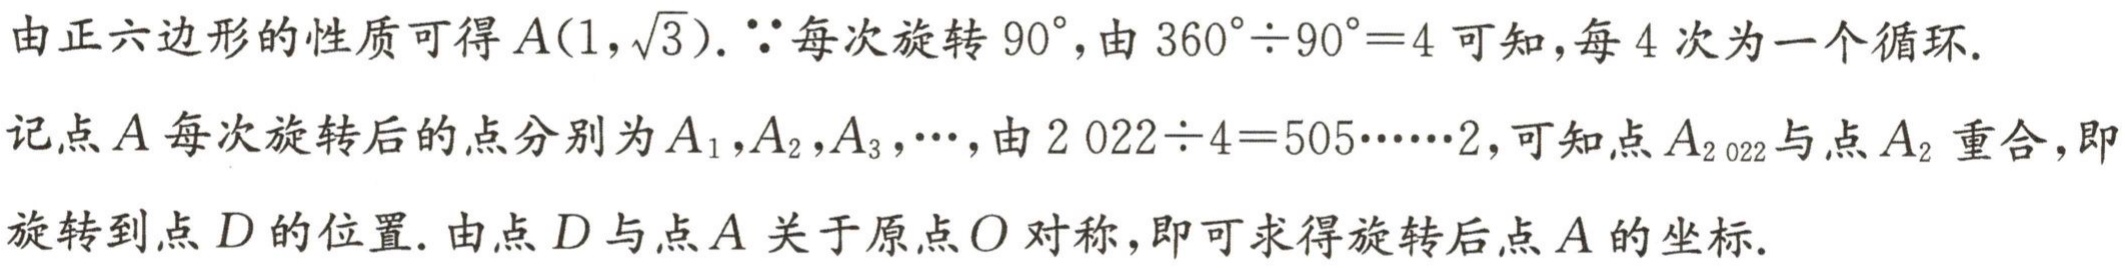
由正六边形的性质可得\(A(1,\sqrt{3})\). \(\because\)每次旋转\(90^{\circ}\), 由\(360^{\circ}\div90^{\circ}=4\)可知, 每\(4\)次为一个循环.
记点\(A\)每次旋转后的点分别为\(A_1,A_2,A_3,\cdots\), 由\(2022\div4 = 505\cdots\cdots2\), 可知点\(A_{2022}\)与点\(A_2\)重合, 即旋转到点\(D\)的位置. 由点\(D\)与点\(A\)关于原点\(O\)对称, 即可求得旋转后点\(A\)的坐标.